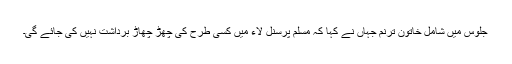
جلوس میں شامل خاتون ترنم جہاں نے کہا کہ مسلم پرسنل لاء میں کسی طرح کی چھڑ چھاڑ برداشت نہیں کی جائے گی۔